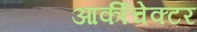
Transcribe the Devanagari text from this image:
आर्कीचेक्टर